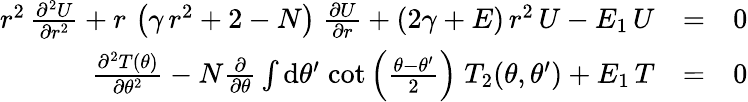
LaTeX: \begin{array}{rlr}{r^{2}\, {\frac{\partial^{2}U}{\partial r^{2}}}+r\, \left(\gamma\, r^{2}+2-N\right)\; {\frac{\partial U}{\partial r}}+(2\gamma+E)\, r^{2}\, U-E_{1}\, U}&{=}&{0}\\ {{\frac{\partial^{2}T(\theta)}{\partial\theta^{2}}}-N{\frac{\partial}{\partial\theta}}\int\mathrm{d}\theta^{\prime}\; {\cot\left({\frac{\theta-\theta^{\prime}}{2}}\right)}\; T_{2}(\theta,\theta^{\prime})+E_{1}\, T}&{=}&{0}\end{array}